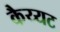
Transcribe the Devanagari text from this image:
कैय्यट